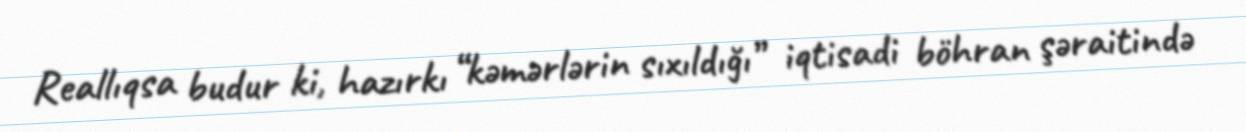
Reallıqsa budur ki, hazırkı “kəmərlərin sıxıldığı” iqtisadi böhran şəraitində